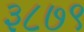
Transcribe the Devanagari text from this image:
३८७९